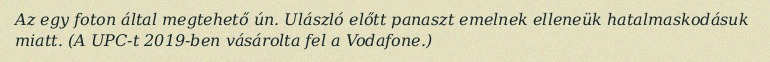
Az egy foton által megtehető ún. Ulászló előtt panaszt emelnek elleneük hatalmaskodásuk miatt. (A UPC-t 2019-ben vásárolta fel a Vodafone.)